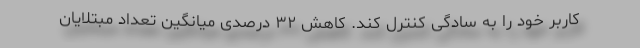
کاربر خود را به سادگی کنترل کند. کاهش ۳۲ درصدی میانگین تعداد مبتلایان